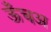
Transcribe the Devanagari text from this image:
ऊँचअ